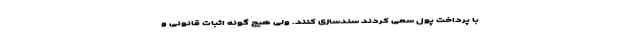
با پرداخت پول سعی کردند سندسازی کنند. ولی هیچ گونه اثبات قانونی و